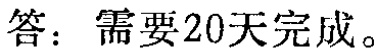
答：需要20天完成。